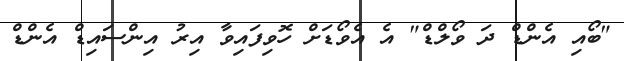
"ބޯއި އެންޑް ދަ ވޯލްޑް" އެ އެވޯޑަށް ހޮވިފައިވާ އިރު އިންސައިޑް އެންޑް